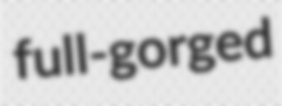
full-gorged